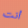
أنت